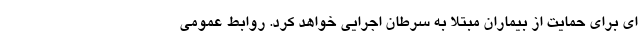
ای برای حمایت از بیماران مبتلا به سرطان اجرایی خواهد کرد. روابط عمومی